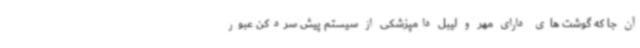
آن جا که گوشت های دارای مهر و لیبل دامپزشکی از سیستم پیش سردکن عبور